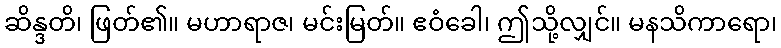
ဆိန္ဒတိ၊ ဖြတ်၏။ မဟာရာဇ၊ မင်းမြတ်။ ဧဝံခေါ၊ ဤသို့လျှင်။ မနသိကာရော၊